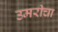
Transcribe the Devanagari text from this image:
उमरीचा